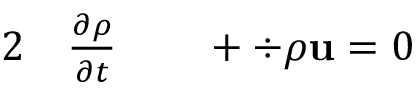
\begin{array} { r l r l } { { 2 } } & { { } \frac { \partial \rho } { \partial t } } & { } & { { } + \div { \rho \mathbf { u } } = 0 } \end{array}